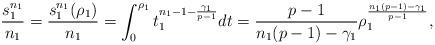
LaTeX: \begin{align*}\frac{s_{1}^{n_{1}}}{n_{1}}=\frac{s_{1}^{n_{1}}(\rho_{1})}{n_{1}}=\int_{0}^{\rho_{1}}t_{1}^{n_{1}-1-\frac{\gamma_{1}}{p-1}}dt=\frac{p-1}{n_{1}(p-1)-\gamma_{1}}\rho_{1}^{\frac{n_{1}(p-1)-\gamma_{1}}{p-1}},\end{align*}